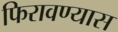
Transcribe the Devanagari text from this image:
फिरावण्यास